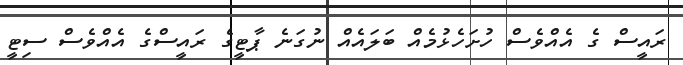
ރައީސް ގެ އެއްވެސް ހުށަހެޅުމެއް ބަލައެއް ނުގަނެ ޕާޓީގެ ރައީސްގެ އެއްވެސް ސިޓީ